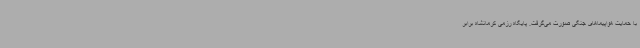
با حمایت هواپیماهای جنگی صورت می‌گرفت. پایگاه رزمی کرمانشاه برابر